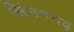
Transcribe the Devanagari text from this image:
सिंघनगढ़